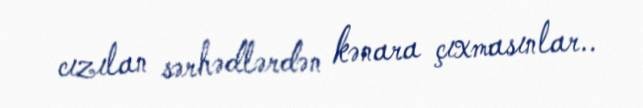
cızılan sərhədlərdən kənara çıxmasınlar..